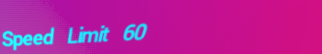
Speed Limit 60